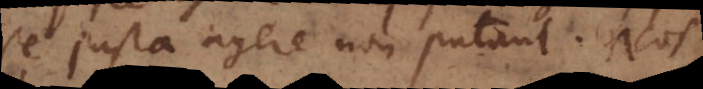
se justa agere non putant. Nos